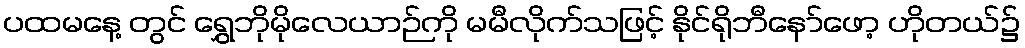
ပထမနေ့ တွင် ရွှေဘိုမိုလေယာဉ်ကို မမီလိုက်သဖြင့် နိုင်ရိုဘီနော်ဖော့ ဟိုတယ်၌